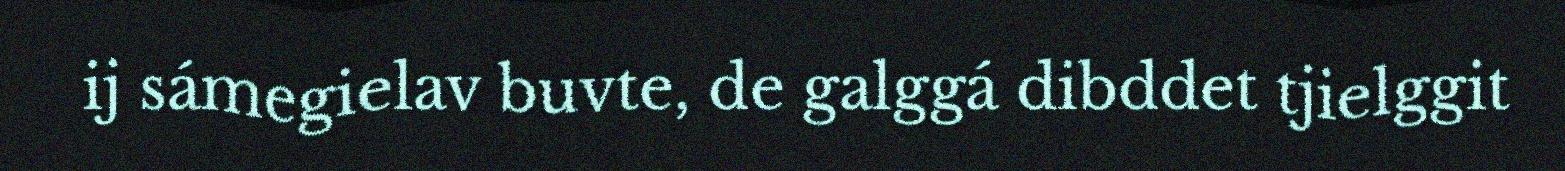
ij sámegielav buvte, de galggá dibddet tjielggit